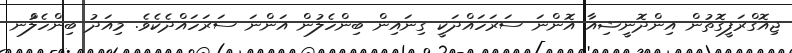
ޖިއޮގްރަފީގޮތުން އިންދޮނީޝިއާ އޮންނަ ސަރަހައްދަކީ ގިނައިން ބިންހެލުން އަންނަ ސަރަހައްދެކެވެ. މިއަދު ބިންހެލުްނ